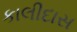
કાલીદાસ